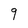
Character: q